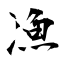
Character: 漁